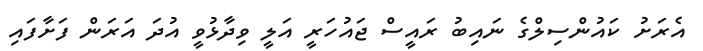
އެރަށު ކައުންސިލްގެ ނައިބު ރައީސް ޖައުހަރީ އަލީ ވިދާޅުވީ އުދަ އަރަން ފަށާފައި